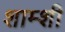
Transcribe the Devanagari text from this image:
शाम्शी